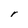
Character: r